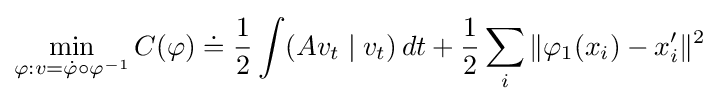
\min _{\varphi :v={\dot {\varphi }}\circ \varphi ^{-1}}C(\varphi )\doteq {\frac {1}{2}}\int (Av_{t}\mid v_{t})\,dt+{\frac {1}{2}}\sum _{i}\|\varphi _{1}(x_{i})-x_{i}^{\prime }\|^{2}